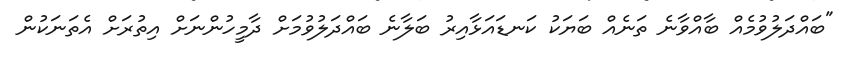
"ބައްދަލުވުމެއް ބާއްވާނެ ތަނެއް ބަޔަކު ކަނޑައަޅާއިރު ބަލާނެ ބައްދަލުވުމަށް ދާމީހުންނަށް އިތުރަށް އެތަނަކުން